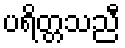
ပရိတ္တသညီ